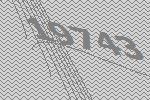
19743